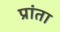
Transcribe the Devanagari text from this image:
प्रांता